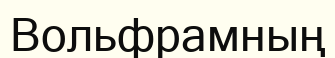
Вольфрамның